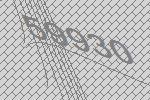
59930